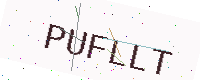
Text: PUFLLT